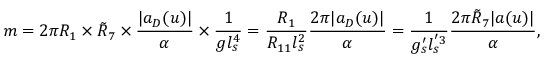
m = 2 \pi R _ { 1 } \times \tilde { R } _ { 7 } \times { \frac { | a _ { D } ( u ) | } { \alpha } } \times { \frac { 1 } { g l _ { s } ^ { 4 } } } = { \frac { R _ { 1 } } { R _ { 1 1 } l _ { s } ^ { 2 } } } { \frac { 2 \pi | a _ { D } ( u ) | } { \alpha } } = { \frac { 1 } { g _ { s } ^ { \prime } l _ { s } ^ { ' 3 } } } { \frac { 2 \pi \tilde { R } _ { 7 } | a ( u ) | } { \alpha } } ,